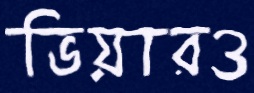
ভিয়ারও